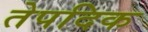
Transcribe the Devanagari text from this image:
तेपदिक